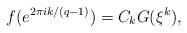
LaTeX: \begin{align*}f(e^{2\pi ik/(q-1)})=C_kG(\xi^k),\end{align*}